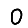
Digit: 0